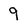
Character: 9